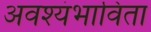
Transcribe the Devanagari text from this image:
अवश्यंभाविता